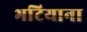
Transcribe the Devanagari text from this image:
भटियाना